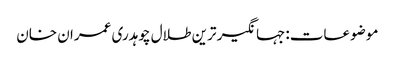
موضوعات:جہانگیر ترین طلال چوہدری عمران خان